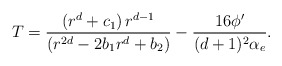
\begin{align*}T={(r^{d}+c_{1})\,r^{d-1} \over (r^{2d}-2b_{1}r^{d}+b_{2})}-{16 \phi^{\prime} \over (d+1)^{2} \alpha_{e}}.\end{align*}